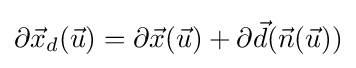
\partial {\vec {x}}_{d}({\vec {u}})=\partial {\vec {x}}({\vec {u}})+\partial {\vec {d}}({\vec {n}}({\vec {u}}))